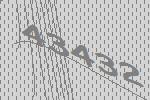
43432